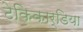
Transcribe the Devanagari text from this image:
टेकिकार्डिया